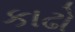
કાઢો